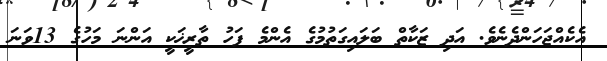
އެކެއްޖަހަންދެނެވެ. އަދި ޒަކާތް ބަލައިގަތުމުގެ އެންމެ ފަހު ތާރީޚަކީ އަންނަ މަހުގެ 13ވަނަ